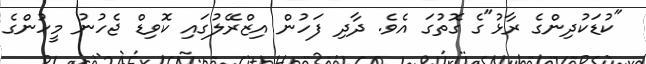
"ކުޑަކުދިންގެ ރާޅު"ގެ ގޮތުގަ އެވެ. ދާދި ފަހުން އިޒްރޭލުގައި ކޮވިޑް ޖެހުނު މީހުންގެ